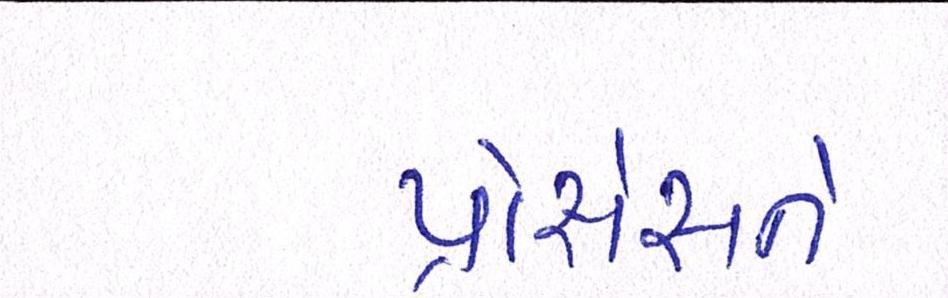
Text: પ્રોસેસને